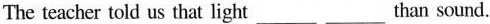
The teacher told us that light_than sound.